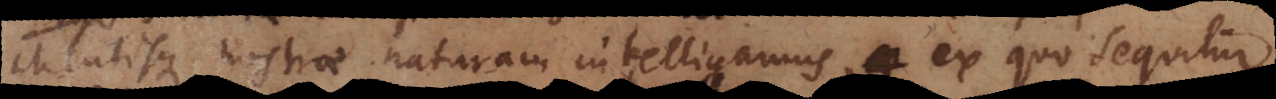
nostrae naturam intelligamus, ex quo sequitur